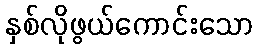
နှစ်လိုဖွယ်ကောင်းသော